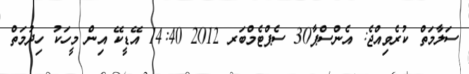
ސަލާމަތް ކުރެވިއްޖެ: އެންސްޕާ30 ސެޕްޓެމްބަރ 2012 14:40 އޭޑީކޭ އިން މީހަކު ހިދުމަތް